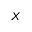
X